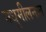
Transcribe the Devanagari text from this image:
मधुमीलनात